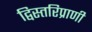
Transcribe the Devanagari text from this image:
द्विस्तरिप्राणी